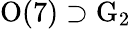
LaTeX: \mathrm{O}(7)\supset\mathrm{G}_{2}